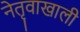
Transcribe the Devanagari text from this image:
नेतृवाखाली